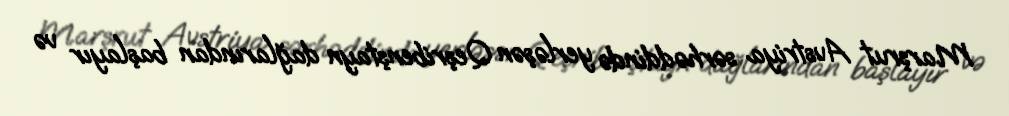
Marşrut Avstriya sərhəddində yerləşən Qeşribenştayn dağlarından başlayır və